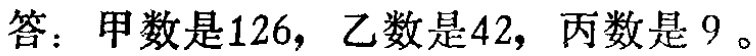
答：甲数是\(126\)，乙数是\(42\)，丙数是\(9\)。